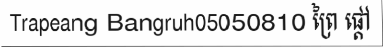
Trapeang Bangruh05050810 ព្រៃ ផ្តៅ